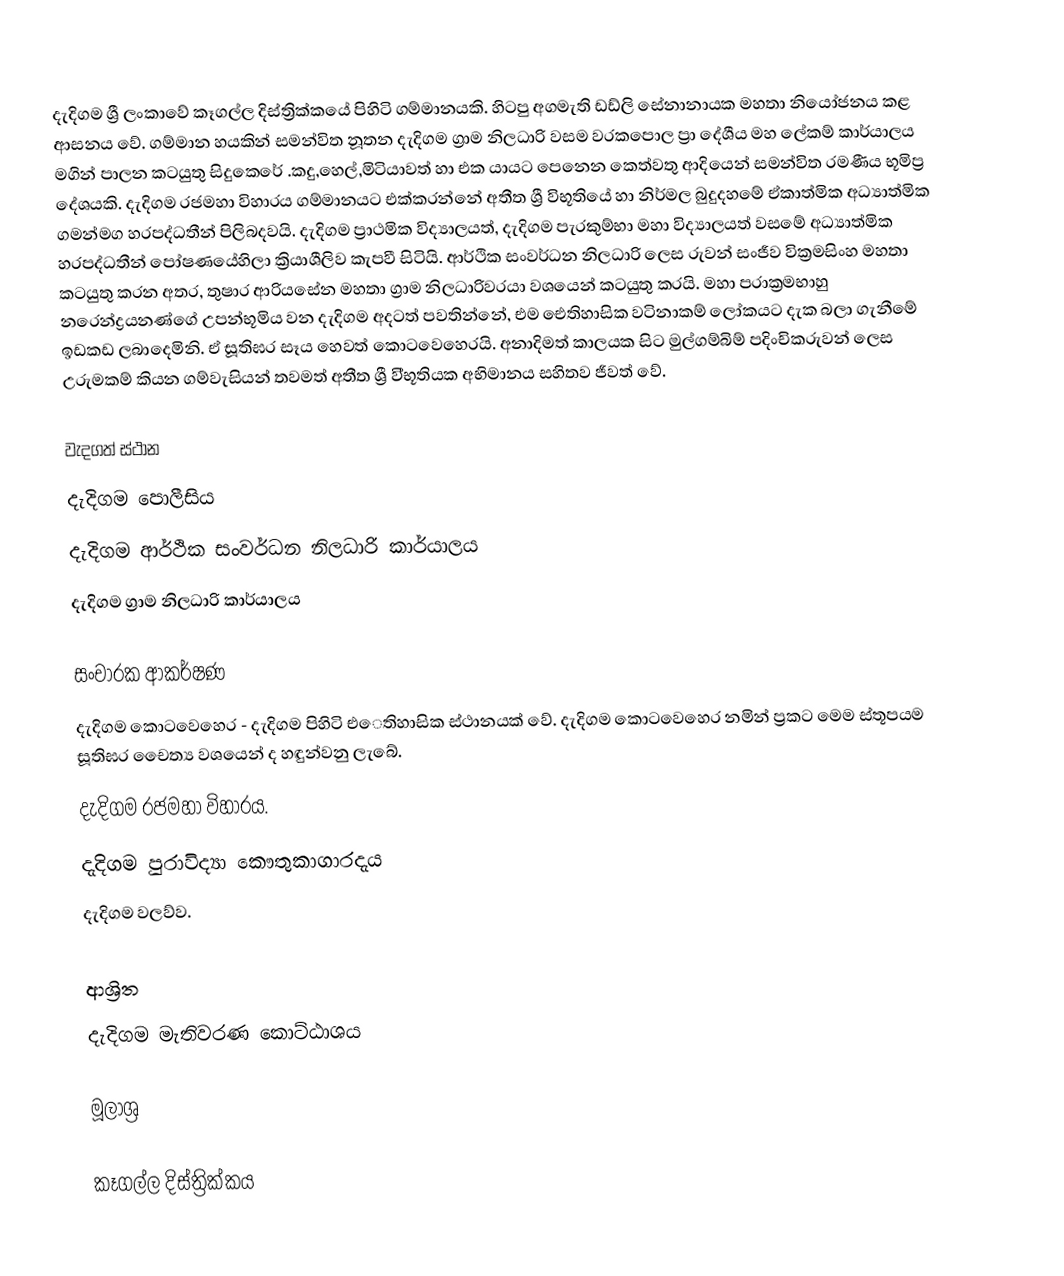
දැදිගම ශ්‍රී ලංකාවේ කෑගල්ල දිස්ත්‍රික්කයේ පිහිටි ගම්මානයකි. හිටපු අගමැති ඩඩ්ලි සේනානායක මහතා නියෝජනය කළ ආසනය වේ. ගම්මාන හයකින් සමන්විත නූතන දැදිගම ග්‍රාම නිලධාරි වසම වරකපොල ප්‍රා දේශීය මහ ලේකම් කාර්යාලය මගින් පාලන කටයුතු සිදුකෙරේ‍ .කදු,හෙල්,මිටියාවත් හා එක යායට පෙනෙන කෙත්වතු  ආදියෙන් සමන්විත රමණීය භූමිප්‍ර දේශයකි. දැදිගම රජමහා විහාරය ගම්මානයට එක්කරන්නේ අතීත ශ්‍රී විභූතියේ හා නිර්මල බුදුදහමේ ඒකාත්මික අධ්‍යාත්මික ගමන්මග හරපද්ධතීන් පිලිබදවයි. දැදිගම ප්‍රාථමික විද්‍යාලයත්, දැදිගම පැරකුම්භා මහා විද්‍යාලයත් වසමේ අධ්‍යාත්මික හරපද්ධතීන් පෝෂණයේහිලා ක්‍රියාශීලිව කැපවී සිටියි.  ආර්ථික සංවර්ධන නිලධාරි ලෙස රුවන් සංජීව වික්‍රමසිංහ මහතා කටයුතු කරන අතර, තුෂාර ආරියසේන මහතා ග්‍රාම නිලධාරිවරයා වශයෙන් කටයුතු කරයි. මහා පරාක්‍රමභාහු නරෙන්ද්‍රයනණ්ගේ උපන්භූමිය වන දැදිගම අදටත් පවතින්නේ, එම ඓතිහාසික වටිනාකම් ලෝකයට දැක බලා ගැනීමේ ඉඩකඩ ලබාදෙමිනි. ඒ සූතිඝර සෑය හෙවත් කොටවෙහෙරයි. අනාදිමත් කාලයක සිට මුල්ගම්බිම් පදිංචිකරුවන් ලෙස උරුමකම් කියන ගම්වැසියන් තවමත් අතීත ශ්‍රී වි්භූතියක අභිමානය සහිතව ජීවත් වේ.

වැදගත් ස්ථාන
 දැදිගම පොලීසිය
දැදිගම ආර්ථික සංවර්ධන නිලධාරි කාර්යාලය
දැදිගම ග්‍රාම නිලධාරි කාර්යාලය

සංචාරක ආකර්ෂණ
 දැදිගම කොටවෙහෙර -  දැදිගම පිහිටි එෙතිහාසික ස්ථානයක් වේ. දැදිගම කොටවෙහෙර නමින් ප්‍රකට මෙම ස්තූපයම සූතිඝර චෛත්‍ය වශයෙන් ද හඳුන්වනු ලැබේ.
 දැදිගම රජමහා විහාරය.
දැදිගම පුරාවිද්‍යා කෞතුකාගාරදැය
දැදිගම වලව්ව.

ආශ්‍රිත
 දැදිගම මැතිවරණ කොට්ඨාශය

මූලාශ්‍ර

කෑගල්ල දිස්ත්‍රික්කය